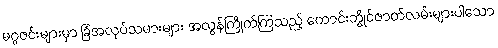
မဂ္ဂဇင်းများမှာ ခြံအလုပ်သမားများ အလွန်ကြိုက်ကြသည့် ကောင်းဘွိုင်ဇာတ်လမ်းများပါသော